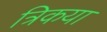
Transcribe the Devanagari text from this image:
त्रिकया